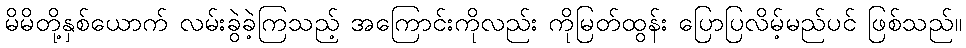
မိမိတို့နှစ်ယောက် လမ်းခွဲခဲ့ကြသည့် အကြောင်းကိုလည်း ကိုမြတ်ထွန်း ပြောပြလိမ့်မည်ပင် ဖြစ်သည်။